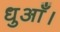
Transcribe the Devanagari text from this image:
धुआँ।